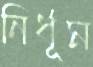
নির্ধূম